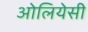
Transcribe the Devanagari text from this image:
ओलियेसी